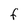
Character: f